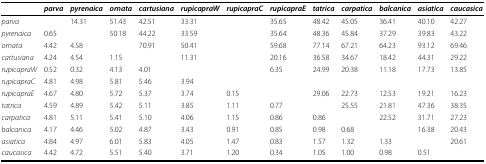
<table><thead><tr><td></td><td><b><i>parva</i></b></td><td><b><i>pyrenaica</i></b></td><td><b><i>ornata</i></b></td><td><b><i>cartusiana</i></b></td><td><b><i>rupicapraW</i></b></td><td><b><i>rupicapraC</i></b></td><td><b><i>rupicapraE</i></b></td><td><b><i>tatrica</i></b></td><td><b><i>carpatica</i></b></td><td><b><i>balcanica</i></b></td><td><b><i>asiatica</i></b></td><td><b><i>caucasica</i></b></td></tr></thead><tbody><tr><td><i>parva</i></td><td></td><td>14.31</td><td>51.43</td><td>42.51</td><td>33.31</td><td></td><td>35.65</td><td>48.42</td><td>45.05</td><td>36.41</td><td>40.10</td><td>42.27</td></tr><tr><td><i>pyrenaica</i></td><td>0.65</td><td></td><td>50.18</td><td>44.22</td><td>33.59</td><td></td><td>35.64</td><td>48.36</td><td>45.84</td><td>37.29</td><td>39.83</td><td>43.22</td></tr><tr><td><i>ornata</i></td><td>4.42</td><td>4.58</td><td></td><td>70.91</td><td>50.41</td><td></td><td>59.68</td><td>77.14</td><td>67.21</td><td>64.23</td><td>93.12</td><td>69.46</td></tr><tr><td><i>cartusiana</i></td><td>4.24</td><td>4.54</td><td>1.15</td><td></td><td>11.31</td><td></td><td>20.16</td><td>36.58</td><td>34.67</td><td>18.42</td><td>44.31</td><td>29.22</td></tr><tr><td><i>rupicapraW</i></td><td>0.52</td><td>0.32</td><td>4.13</td><td>4.01</td><td></td><td></td><td>6.35</td><td>24.99</td><td>20.38</td><td>11.18</td><td>17.73</td><td>13.85</td></tr><tr><td><i>rupicapraC</i></td><td>4.81</td><td>4.98</td><td>5.81</td><td>5.46</td><td>3.94</td><td></td><td></td><td></td><td></td><td></td><td></td><td></td></tr><tr><td><i>rupicapraE</i></td><td>4.67</td><td>4.80</td><td>5.72</td><td>5.37</td><td>3.74</td><td>0.15</td><td></td><td>29.06</td><td>22.73</td><td>12.53</td><td>19.21</td><td>16.23</td></tr><tr><td><i>tatrica</i></td><td>4.59</td><td>4.89</td><td>5.42</td><td>5.11</td><td>3.85</td><td>1.11</td><td>0.77</td><td></td><td>25.55</td><td>21.81</td><td>47.36</td><td>38.35</td></tr><tr><td><i>carpatica</i></td><td>4.81</td><td>5.11</td><td>5.41</td><td>5.10</td><td>4.06</td><td>1.15</td><td>0.86</td><td>0.86</td><td></td><td>22.52</td><td>31.71</td><td>27.23</td></tr><tr><td><i>balcanica</i></td><td>4.17</td><td>4.46</td><td>5.02</td><td>4.87</td><td>3.43</td><td>0.91</td><td>0.85</td><td>0.98</td><td>0.68</td><td></td><td>16.38</td><td>20.43</td></tr><tr><td><i>asiatica</i></td><td>4.84</td><td>4.97</td><td>6.01</td><td>5.83</td><td>4.05</td><td>1.47</td><td>0.83</td><td>1.57</td><td>1.32</td><td>1.33</td><td></td><td>20.61</td></tr><tr><td><i>caucasica</i></td><td>4.42</td><td>4.72</td><td>5.51</td><td>5.40</td><td>3.71</td><td>1.20</td><td>0.34</td><td>1.05</td><td>1.00</td><td>0.98</td><td>0.51</td><td></td></tr></tbody></table>